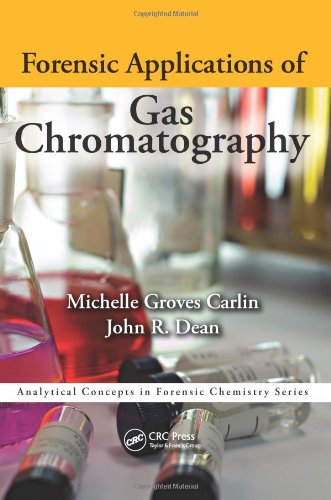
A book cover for Forensic Applications of Gas Chromatography (Analytical Concepts in Forensic Chemistry); Michelle Groves Carlin; Science & Math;